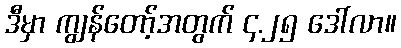
ဒီမှာ ကျွန်တော့်အတွက် ၄.၂၅ ဒေါ်လာ။